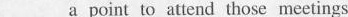
___a point to attend those meetings